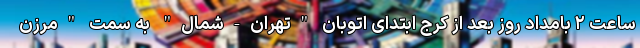
ساعت ۲ بامداد روز بعد از کرج ابتدای اتوبان "تهران-شمال" به سمت "مرزن